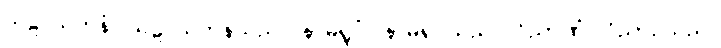
သဠာယတနံ၊ သဠာယတနသည်။ နာမရူပံ၊ နာမ်ရုပ်သည်။ ဝိညာဏံ၊ ဝိညာဉ်သည်။